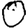
Digit: 0